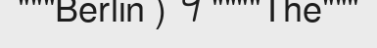
"""Berlin ) ។ """"The"""